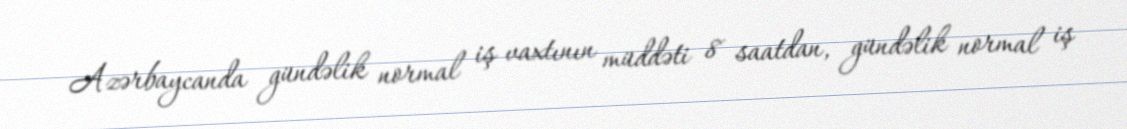
Azərbaycanda gündəlik normal iş vaxtının müddəti 8 saatdan, gündəlik normal iş